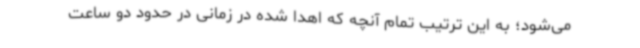
می‌شود؛ به این ترتیب تمام آنچه که اهدا شده در زمانی در حدود دو ساعت